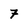
Character: 7